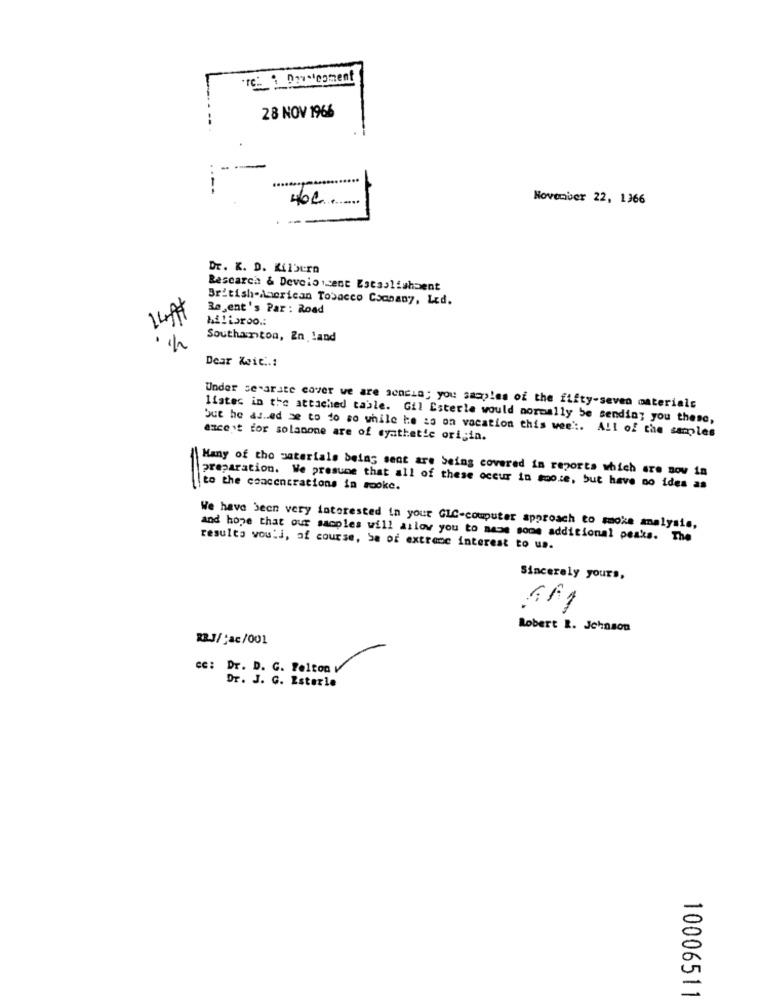
re : Doucement
28 NOV 1966
.....
462. ...
November 22, 1366
Dr. K. D. Kilburn
Rescarch & Develo isent Establishment
British American Tobacco Company, Led.
Regent's Par : Road
Miliaroo .:
Southanton, En land
Dear die ..:
Under se-arate cover we are sencia; you samples of the fifty-seven materials
listes in the attached table. Gil Esterle would normally be sending you these,
but he asked me to do so while he is on vacation this wee' :. All of the samples
ancest for solanone are of synthetic origin.
Many of the materials being sent are being covered in reports which are now in
preparation. We presume that all of these occur in moore, but have no idea as
to the concentrations in sooke.
We have been very interested in your GLC-computer approach to smoke analysis,
and hope that our samples will allow you to aase some additional peaks. The
resulta vouli, of course, Sa of extreme interest to un.
Sincerely yours,
Robert R. Johnson
RBJ/jac/001
cc: Dr. D. G. Felton V
Dr. J. G. Esterle
10006511